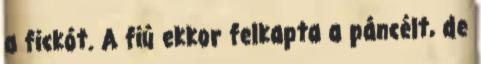
a fickót. A fiú ekkor felkapta a páncélt, de